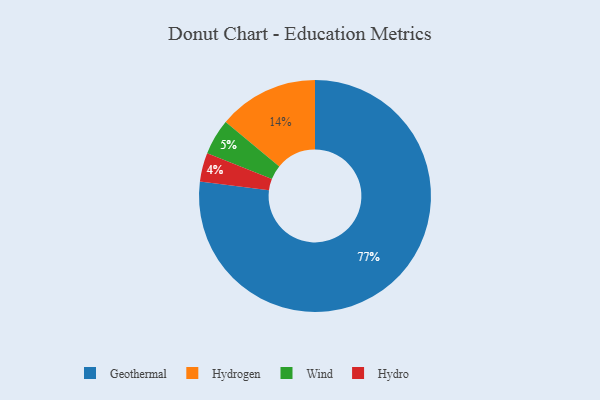
{"axis": {"x": "Category", "y": "Percentage"}, "legend": ["Geothermal", "Hydro", "Hydrogen", "Wind"], "data": [{"x": "Hydro", "y": 4, "type": "Hydro"}, {"x": "Hydrogen", "y": 14, "type": "Hydrogen"}, {"x": "Geothermal", "y": 77, "type": "Geothermal"}, {"x": "Wind", "y": 5, "type": "Wind"}]}